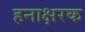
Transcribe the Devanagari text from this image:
हनाक्षरक